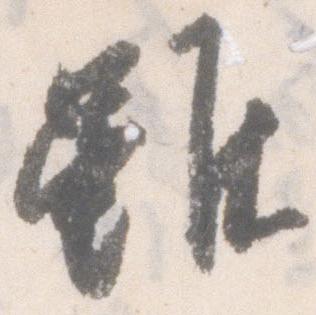
雖